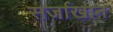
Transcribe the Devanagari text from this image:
सर्जाखान